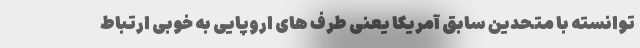
توانسته با متحدین سابق آمریکا یعنی طرف های اروپایی به خوبی ارتباط